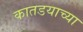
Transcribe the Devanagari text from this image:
कातडयाच्या